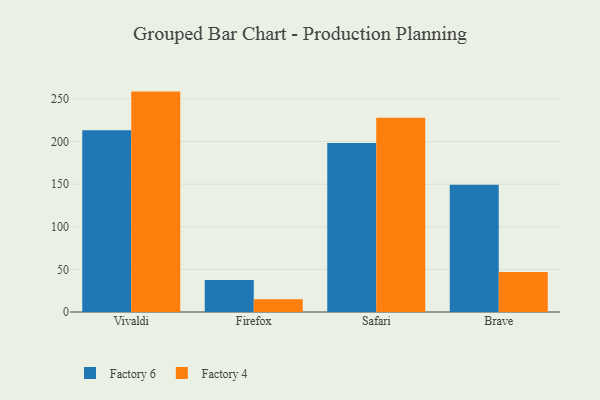
{"axis": {"x": "Browser", "y": "Shipments"}, "legend": ["Factory 4", "Factory 6"], "data": [{"x": "Vivaldi", "y": 213.2, "type": "Factory 6"}, {"x": "Vivaldi", "y": 258.6, "type": "Factory 4"}, {"x": "Firefox", "y": 37.5, "type": "Factory 6"}, {"x": "Firefox", "y": 15.1, "type": "Factory 4"}, {"x": "Safari", "y": 198.2, "type": "Factory 6"}, {"x": "Safari", "y": 228.0, "type": "Factory 4"}, {"x": "Brave", "y": 149.2, "type": "Factory 6"}, {"x": "Brave", "y": 46.8, "type": "Factory 4"}]}